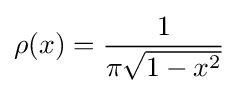
\rho (x)={\frac {1}{\pi {\sqrt {1-x^{2}}}}}